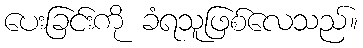
ပေးခြင်းကို ခံရသူဖြစ်လေသည်။